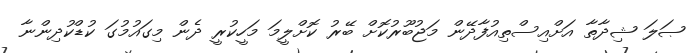
ޞަލަ ޝިދާތާ އަށްއިސްތިއުފާދޭން މަޖުބޫރުކޮށް ބޭރު ކޮށްލީމަ މަހީކުުރީ ދެން މިގައުމުގަ ކުޑްކުދިންނާ